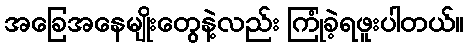
အခြေအနေမျိုးတွေနဲ့လည်း ကြုံခဲ့ရဖူးပါတယ်။